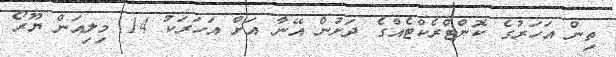
ތިން އަހަރުގެ ކޮންޓްރެކްޓެއްގެ ދަށުން އޭނާ އަށް އަހަރަކު 14 މިލިއަން ޔޫރޯ